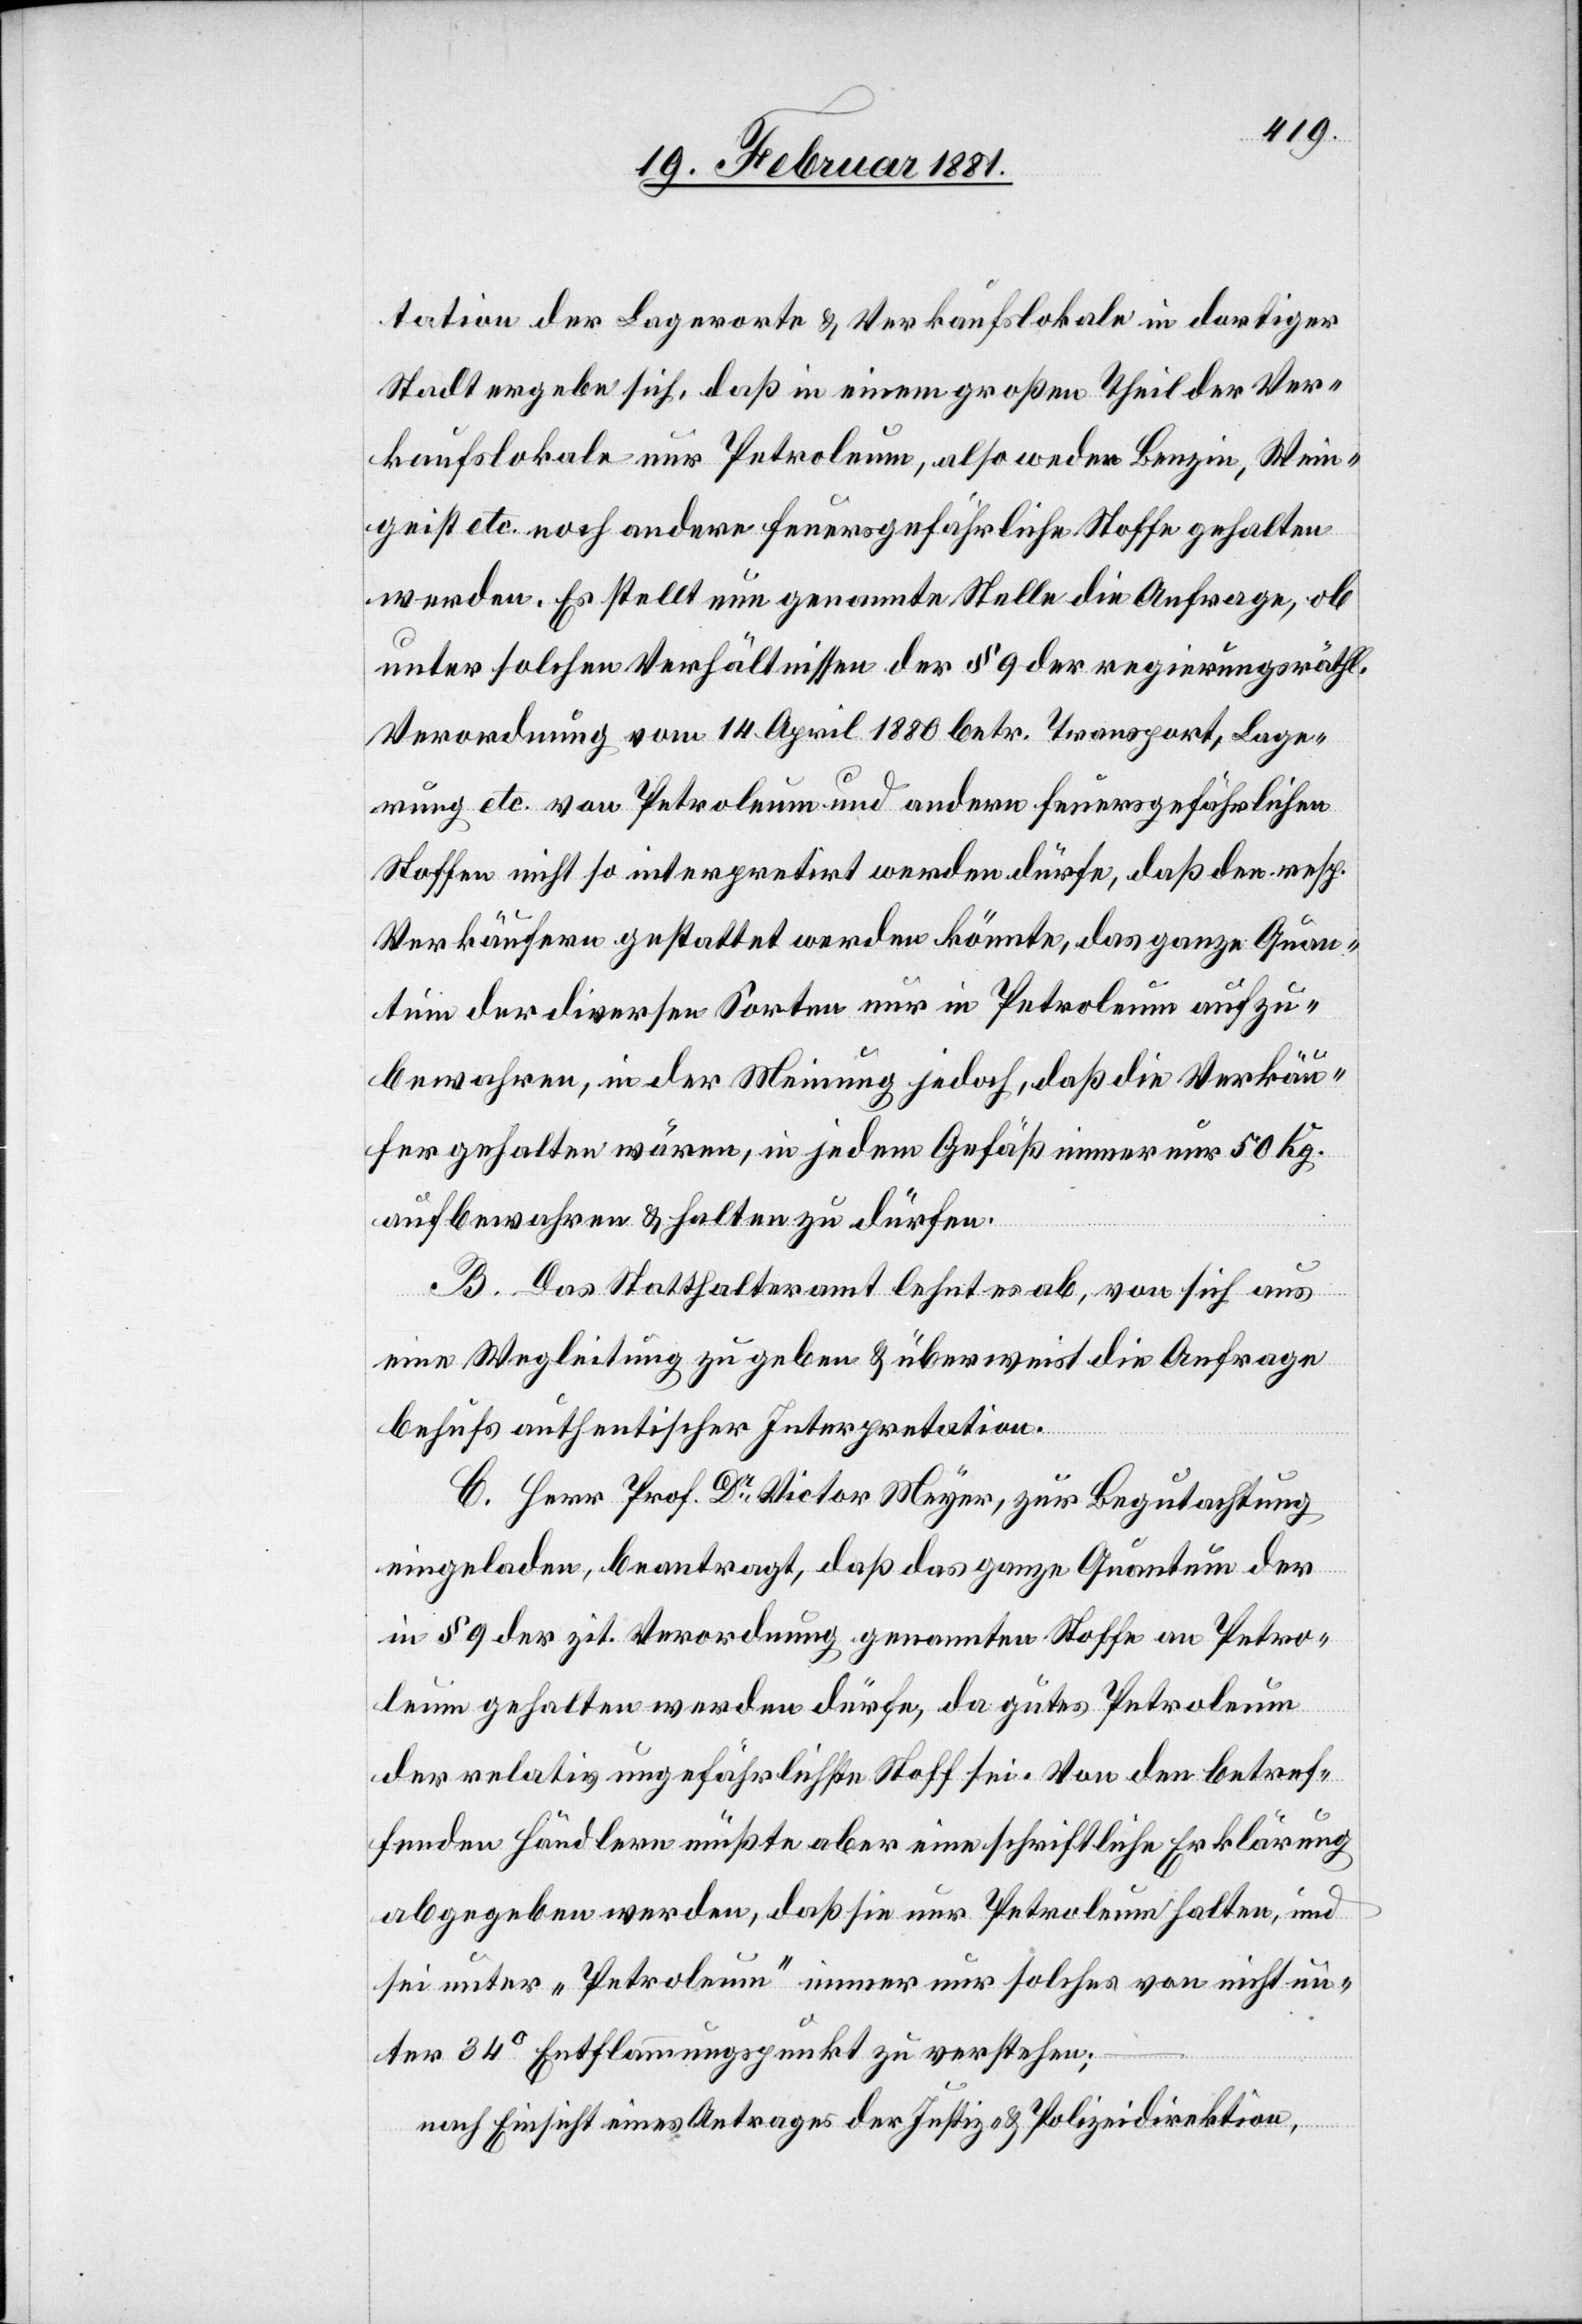
tation der Lagerorte & Verkaufslokale in dortiger
Stadt ergebe sich, daß in einem großen Theil der Ver¬
kaufslokale nur Petroleum, also weder Benzin, Wein¬
geist etc. noch andere feuergefährliche Stoffe gehalten
werden. Es stellt nun genannte Stelle die Anfrage, ob
unter solchen Verhältnissen der § 9 der regierungsräthl.
Verordnung vom 14. April 1880 betr. Transport, Lage¬
rung etc. von Petroleum und andern feuergefährlichen
Stoffen nicht so interpretirt werden dürfe, daß den resp.
Verkäufern gestattet werden könnte, das ganze Quan¬
tum der diversen Sorten nur in Petroleum aufzu¬
bewahren, in der Meinung jedoch, daß die Verkäu¬
fer gehalten wären, in jedem Gefäß immer nur 50 Kg.
aufbewahren & halten zu dürfen.
B. Das Statthalteramt lehnt es ab, von sich aus
eine Wegleitung zu geben & überweist die Anfrage
behufs authentischer Interpretation.
C. Herr Prof. Dr Victor Meyer, zur Begutachtung
eingeladen, beantragt, daß das Quantum der
in § 9 der zit. Verordnung genannten Stoffe an Petro¬
leum gehalten werden dürfe, da gutes Petroleum
der relativ ungefährlichste Stoff sei. Von den betref¬
fenden Händlern müßte aber eine schriftliche Erklärung
abgegeben werden, daß sie nur Petroleum halten, und
sei unter „Petroleum“ immer nur solches von nicht un¬
ter 34° Entflammungspunkt zu verstehen;
nach Einsicht eines Antrages der Justiz- & Polizeidirektion,